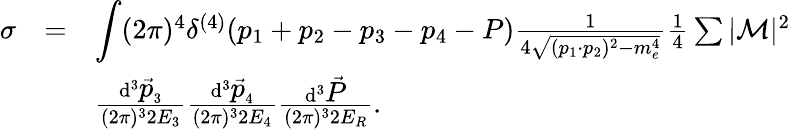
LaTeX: \begin{array}{lcl}{{\sigma}}&{{=}}&{{{\displaystyle\int}(2\pi)^{4}\delta^{(4)}(p_{1}+p_{2}-p_{3}-p_{4}-P)\frac{1}{4\sqrt{(p_{1}\cdot p_{2})^{2}-m_{e}^{4}}}\frac{1}{4}\sum|{\cal M}|^{2}}}\\ {{}}&{{}}&{{\frac{\mathrm{d}^{3}\vec{{\displaystyle p}}_{3}}{(2\pi)^{3}2E_{3}}\frac{\mathrm{d}^{3}\vec{{\displaystyle p}}_{4}}{(2\pi)^{3}2E_{4}}\frac{\mathrm{d}^{3}\vec{{\displaystyle P}}}{(2\pi)^{3}2E_{R}}.}}\end{array}